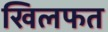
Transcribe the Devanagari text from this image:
खिलफत